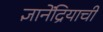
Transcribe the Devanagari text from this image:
ज्ञानेंद्रियाची